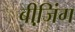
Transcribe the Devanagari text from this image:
बीजि़ंग